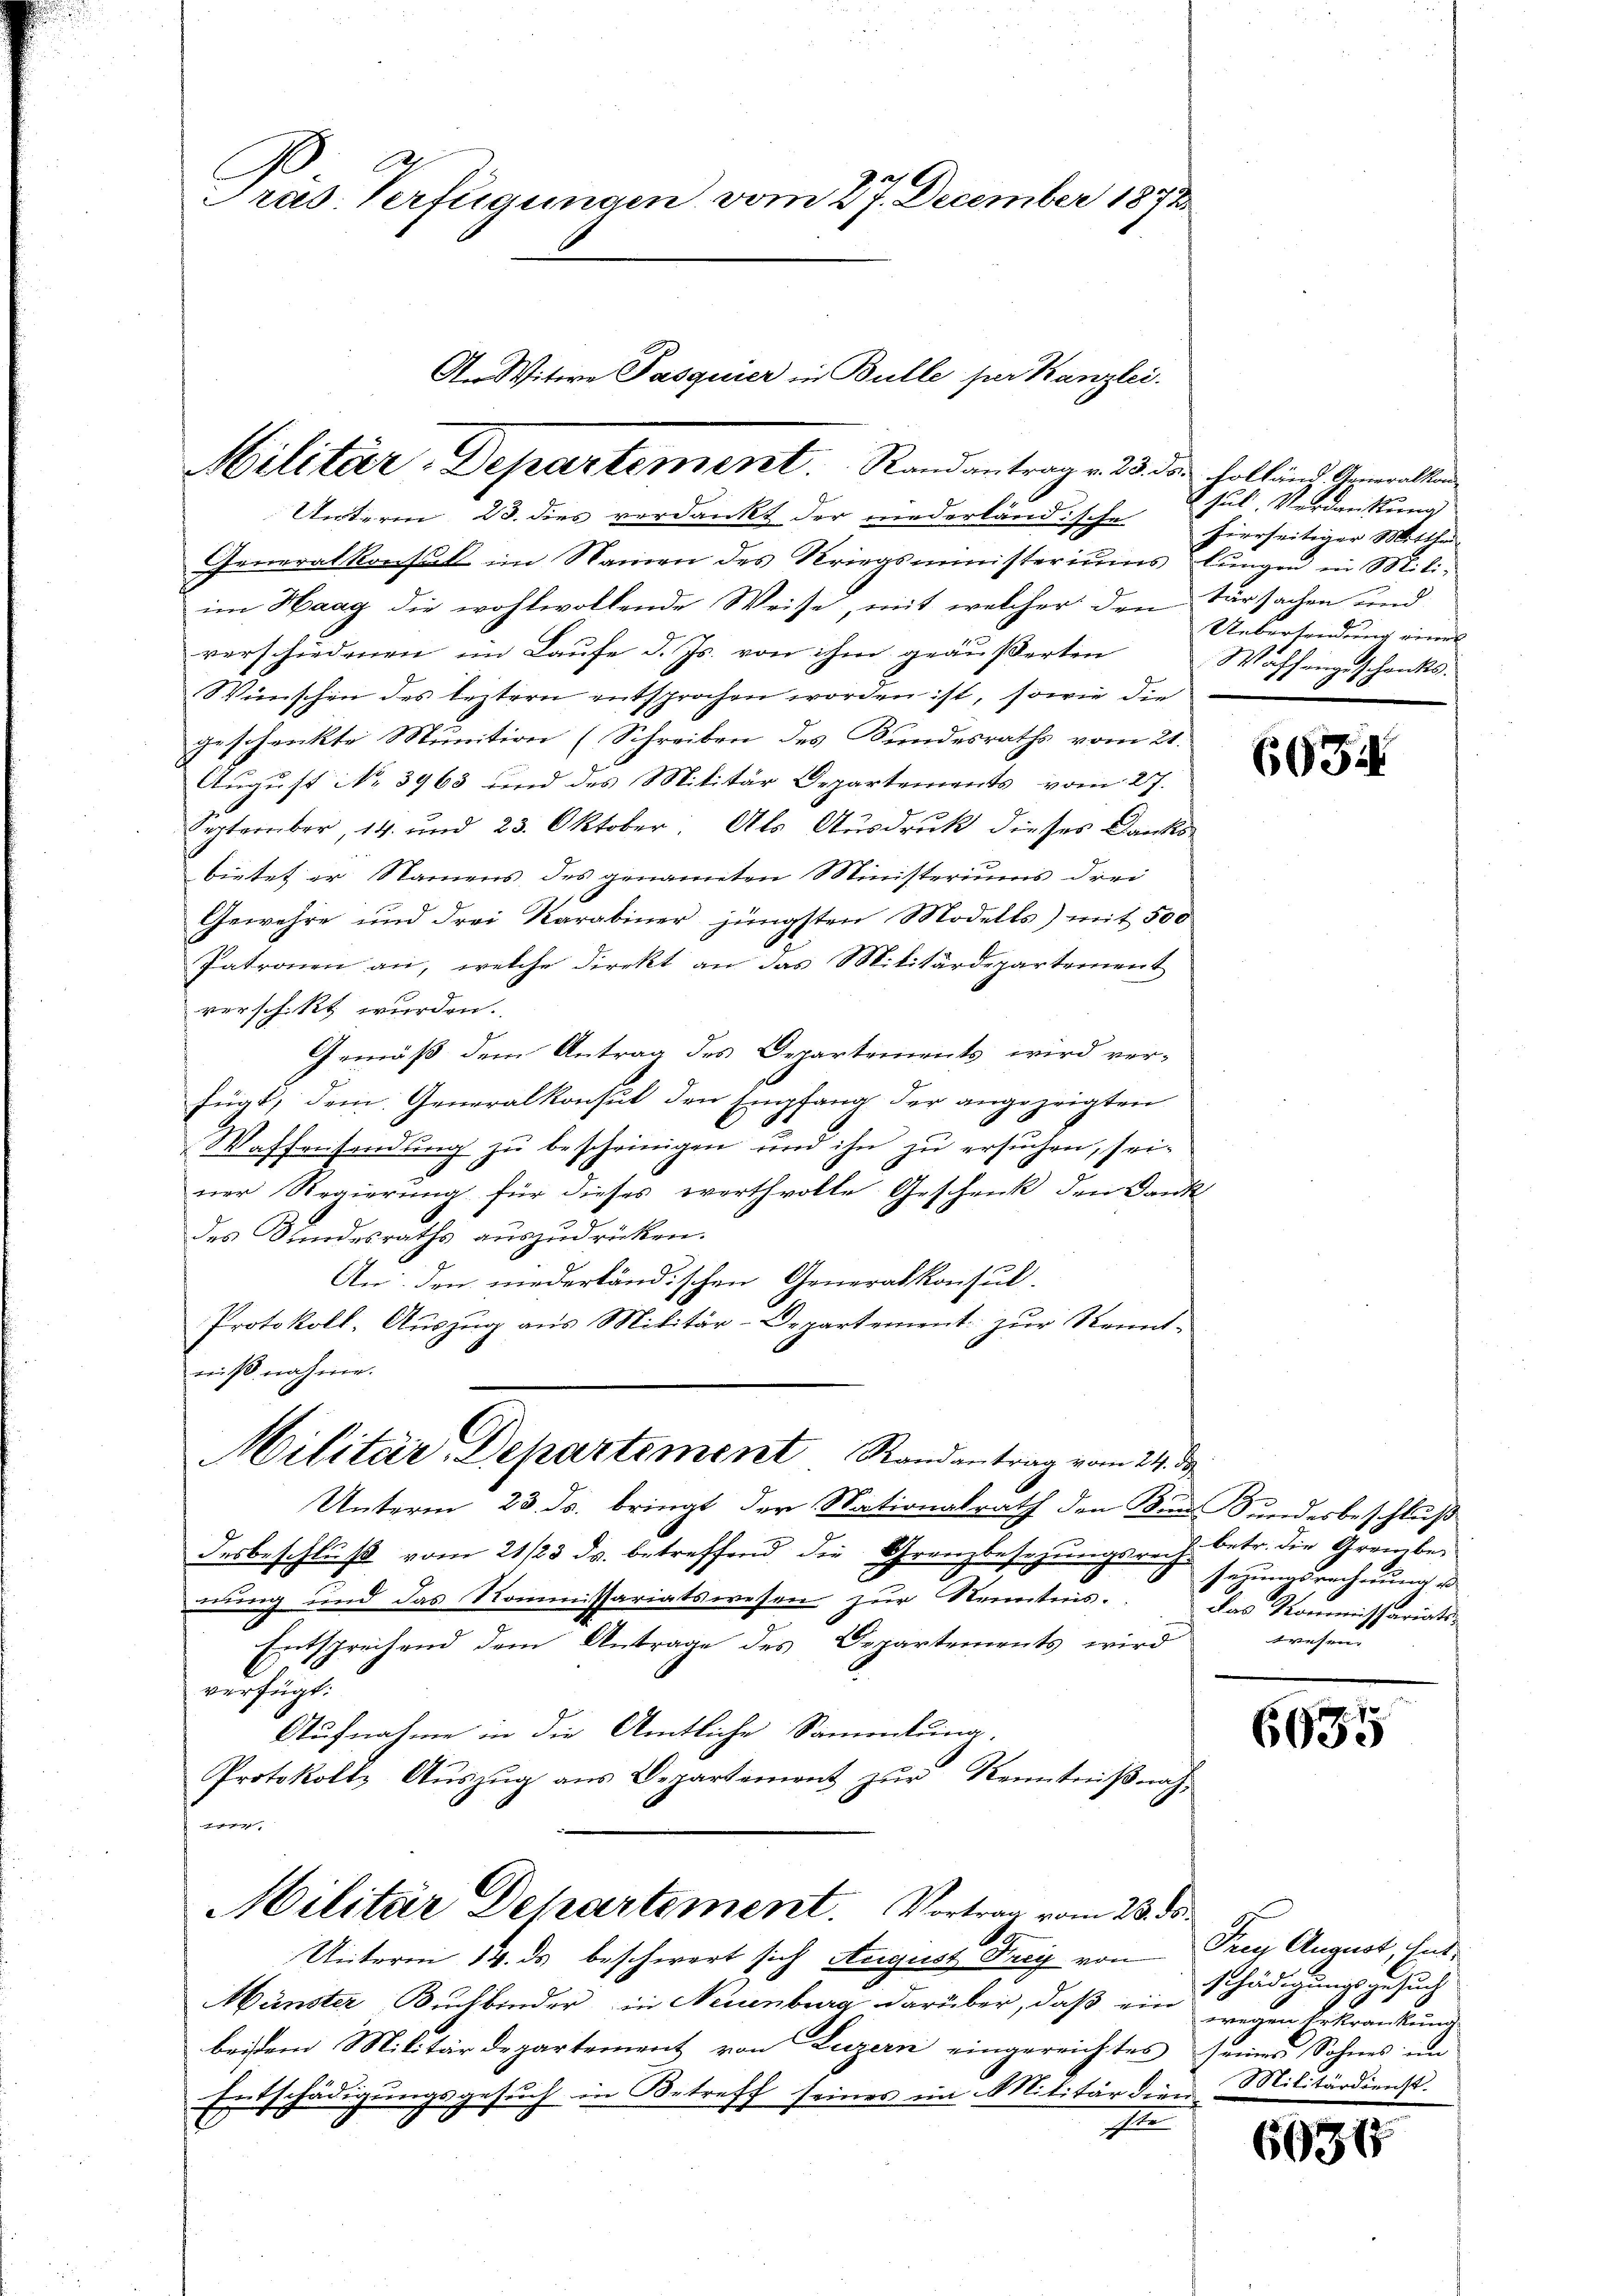
Generalkonsul im Namen des Kriegsministeriums lŭngen in Mili-
im Haag die wohlwollende Weise, mit welcher den türsachen und
verschiedenen im Laufe d. Js. von ihm geäußerten
Wünschen des leztern entsprochen worden ist, sowie die
geschenkte Munition (Schreiben des Bundesraths vom 21.
August No. 3963 und des Militär Departements vom 27.
September, 14. und 23. Oktober. Als Ausdruck dieses Danksbietet er Namens des genannten Ministeriums drei
Gewehre und drei Karabiner jüngsten Modells) mit 500
Patronen an, welche direkt an das Militärdepartement
verschikt wurden.
Gemäß dem Antrag des Departements wird verfügt, dem Generalkonsul den Empfang der angezeigten
Waffensendung zu bescheinigen und ihn zu ersuchen, sei-
ner Regierung für dieses werthvolle Geschenk den Dank
des Bundesraths auszudrücken.
An den niederländischen Generalkonsul-
Protokoll, Auszug aus Militär-Departement zur Kennt-
miß nahme.
Militär-Departement Randantrag vom 24. ds.
Unterm 23. ds. bringt der Nationalrath den Bau Sondesbeschluß
desbeschluß vom 21/23. ds. betreffend die Grenzbesetzungsrech
nung und das Kommissariatswesen zur Kenntnis¬
Entsprechend dem Antrage des Departements wird
verfügt.
Aufnahme in die Amtliche Sammlung.
Protokoll, Aŭszŭg aŭs Departement zur Kenntnißnah¬
u

Pras. Verfügungen vom 27. December 1872

Militär-Departement. Randantrag v. 23. das Volkund Anwalten
Unterm 23. dies verdankt der niederländische hierseitiger Mitthe

An Witwe Pasquier in Bulle per Kanzlei.

Militär Departement. Vortrag vom 23. ds.

Unterm 14. ds beschwert sich August Frey von Frey August, Ent
Münster Buchbinder in Neuenburg darüber, daß ein
beidem Militärdepartement von Luzern eingereichtes seines Sohnes un
Entschädigungsgesuch in Betreff seines im Militärdien
d
1

hut. Verdrückung
Uebersendung einer
Wahhangeschreckt.

6054.

betr. die Grembe
sezungsrechnung u
das Kommissariatswesen.

6635

schädigungsgesuch
wegen Erkrankung
Militärdienst.

665